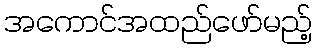
အကောင်အထည်ဖော်မည့်